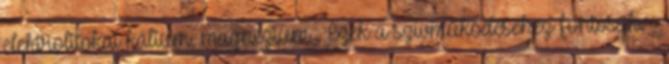
elektrolitokat kálium, magnézium . Ezek a szívműködéséhez fontosak. -